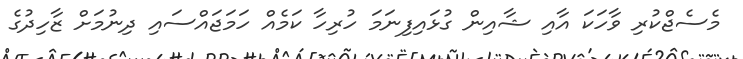
މެސެޖްކުރި ވާހަކަ އާއި ޝާއިން ގުޅައިފިނަމަ ހުރިހާ ކަމެއް ހަމަޖައްސައި ދިނުމަށް ޒާހިދުގެ